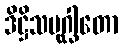
ဒိဋ္ဌိသမုဂ္ဃါတော